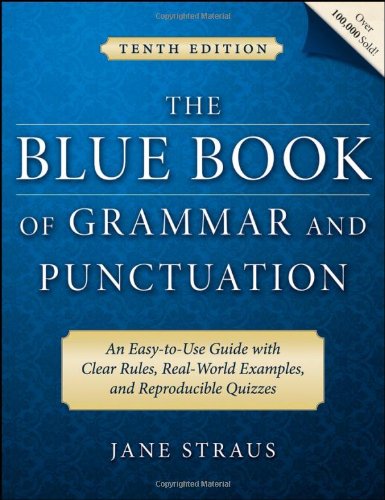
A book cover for The Blue Book of Grammar and Punctuation: An Easy-to-Use Guide with Clear Rules, Real-World Examples, and Reproducible Quizzes; Jane Straus; Travel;